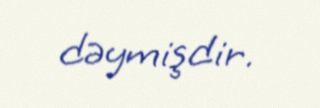
dəymişdir.